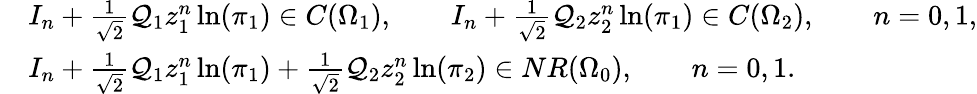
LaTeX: \begin{array}{rl}&{I_{n}+\frac{1}{\sqrt{2}}\mathcal Q_{1}z_{1}^{n}\ln(\pi_{1})\in C(\Omega_{1}),\qquad I_{n}+\frac{1}{\sqrt{2}}\mathcal Q_{2}z_{2}^{n}\ln(\pi_{1})\in C(\Omega_{2}),\qquad n=0,1,}\\ &{I_{n}+\frac{1}{\sqrt{2}}\mathcal Q_{1}z_{1}^{n}\ln(\pi_{1})+\frac{1}{\sqrt{2}}\mathcal Q_{2}z_{2}^{n}\ln(\pi_{2})\in NR(\Omega_{0}),\qquad n=0,1.}\end{array}